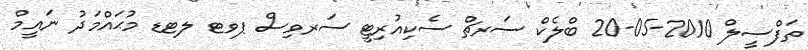
ތަފްސީލް 2010-05-20 ބްލެކް ސަރޗް ސެކިއުރިޓީ ސަރވިސް ޕވޓ ލޓޑ މުޙައްމަދު ނައީމް